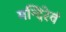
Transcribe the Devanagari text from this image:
मन्दिरेवं